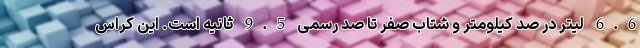
6.6 لیتر در صد کیلومتر و شتاب صفر تا صد رسمی 9.5 ثانیه است. این کراس